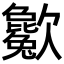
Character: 𣤱